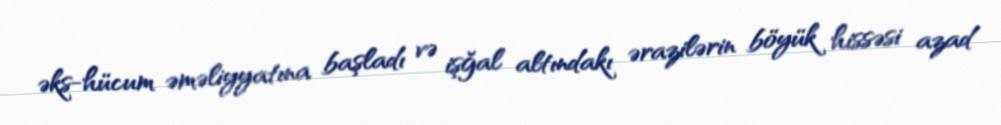
əks-hücum əməliyyatına başladı və işğal altındakı ərazilərin böyük hissəsi azad